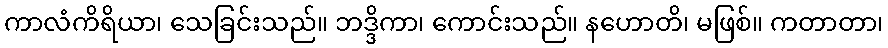
ကာလံကိရိယာ၊ သေခြင်းသည်။ ဘဒ္ဒိကာ၊ ကောင်းသည်။ နဟောတိ၊ မဖြစ်။ ကတာတာ၊